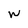
Character: w